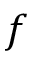
f